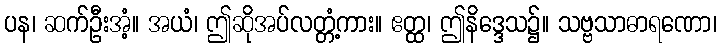
ပန၊ ဆက်ဦးအံ့။ အယံ၊ ဤဆိုအပ်လတ္တံ့ကား။ ဧတ္ထ၊ ဤနိဒ္ဒေသ၌။ သဗ္ဗသာဓာရဏော၊